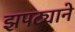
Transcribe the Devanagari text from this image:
झपट्याने